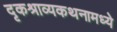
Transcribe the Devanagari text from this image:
दृकश्राव्यकथनामध्ये